Madras plague regulations and rules for the city of Madras
Disease focus: Plague
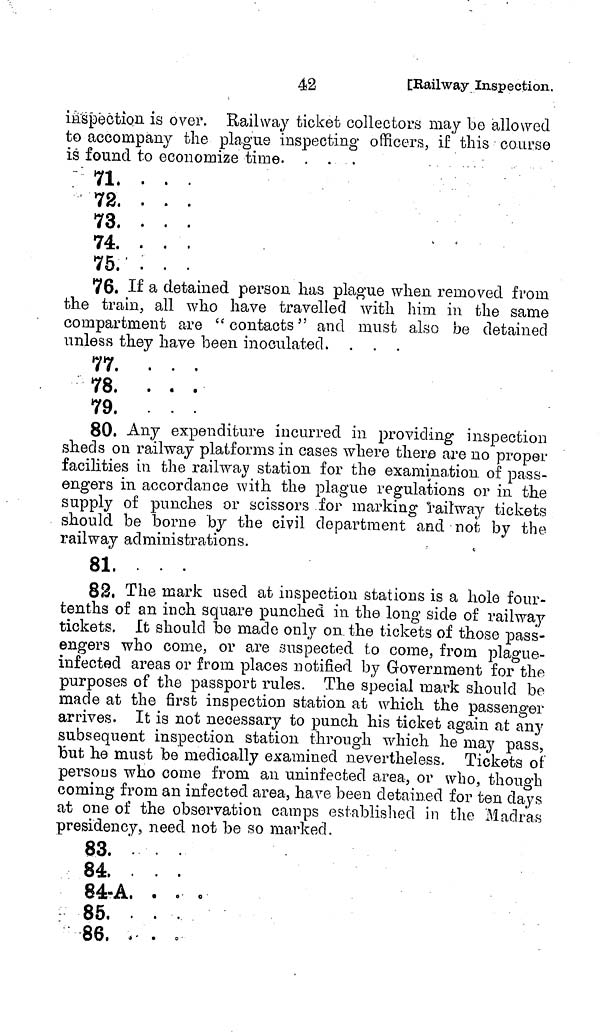
42
[Railway Inspection.
inspection is over. Railway ticket collectors may be allowed
to accompany the plague inspecting officers, if this course
is found to economize time. . . .
71. . .
7 2 . . .
73. ...
74. ...
75. . .
76. If a detained person has plague when removed from
the train, all who have travelled with him in the same
compartment are "contacts" and must also be detained
unless they have been inoculated,
77. . . .
78. . . .
79. ...
80. Any expenditure incurred in providing inspection
sheds on railway platforms in cases where there are no proper
facilities in the railway station for the examination of pass-
engers in accordance with the plague regulations or in the
supply of punches or scissors for marking railway tickets
should be borne by the civil department and not by the
railway administrations.
81, ...
82. The mark used at inspection stations is a hole four-
tenths of an inch square punched in the long side of railway
tickets. It should be made only on the tickets of those pass-
engers who come, or are suspected to come, from plague-
infected areas or from places notified by Government for the
purposes of the passport rules. The special mark should bo
made at the first inspection station at which the passenger
arrives. It is not necessary to punch his ticket again at any
subsequent inspection station through which he may pass,
but he must be medically examined nevertheless. Tickets of
persons who come from an uninfected area, or who, though
coming from an infected area, have been detained for ten days
at one of the observation camps established in the Madras
presidency, need not be so marked.
83. . . .
84. ...
84-A. . . .
8 5 . . . .
86» * • • »